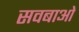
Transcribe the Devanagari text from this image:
सवबाओं